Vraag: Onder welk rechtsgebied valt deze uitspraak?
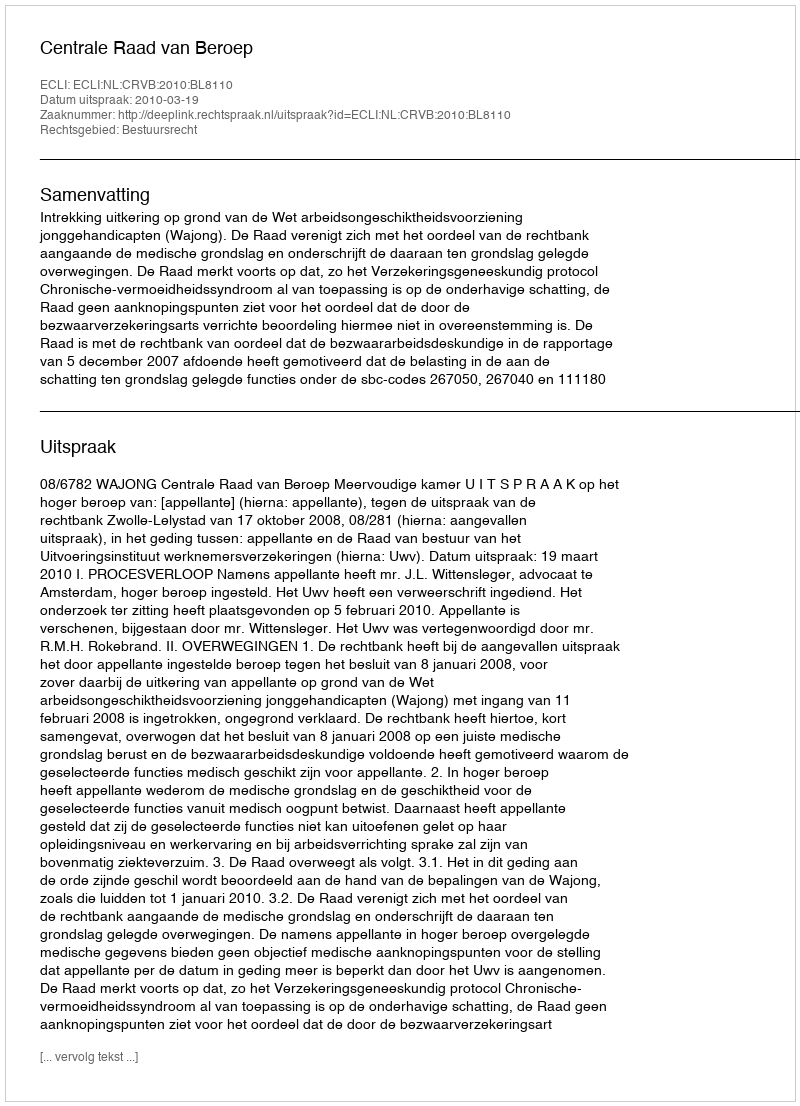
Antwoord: Bestuursrecht